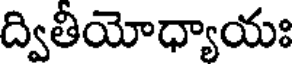
ద్వితీయోధ్యాయః